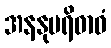
အနနုပရိဓာဝံ